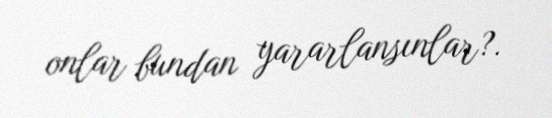
onlar bundan yararlansınlar?.